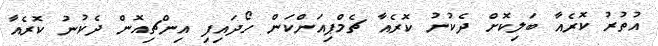
އުތުރު ކޮރެއާ ބަލިކޮށް ދެކުނު ކޮރެއާ ޗެމްޕިއަންކަން ހޯދައިފި އިންޗިއޮން ދެކުނު ކޮރެއާ